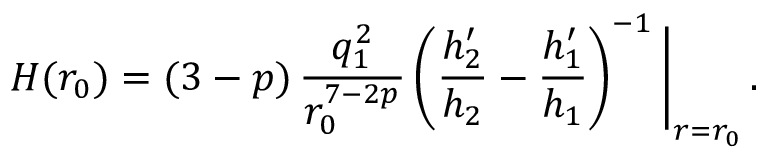
H ( r _ { 0 } ) = ( 3 - p ) \, \frac { q _ { 1 } ^ { 2 } } { r _ { 0 } ^ { 7 - 2 p } } \left( \frac { h _ { 2 } ^ { \prime } } { h _ { 2 } } - \frac { h _ { 1 } ^ { \prime } } { h _ { 1 } } \right) ^ { - 1 } \Bigg \vert _ { r = r _ { 0 } } \, .